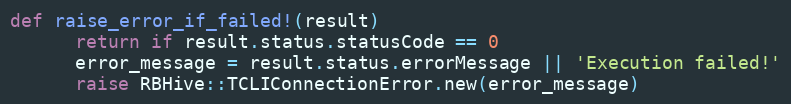
Language: Ruby
def raise_error_if_failed!(result)
      return if result.status.statusCode == 0
      error_message = result.status.errorMessage || 'Execution failed!'
      raise RBHive::TCLIConnectionError.new(error_message)